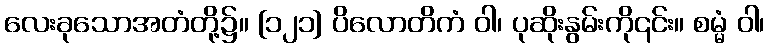
လေးခုသောအတံတို့၌။ [၁၂၁] ပိလောတိကံ ဝါ၊ ပုဆိုးနွမ်းကို၎င်း။ စမ္မံ ဝါ၊